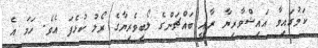
ކަމުގައިވާ އައިޝްވާރިޔާ ރާއީ ބައްޗަންގެ ލޯބިވެރިޔާގެ ރޯލު ކުޅެފަ އެވެ. ހަމަ އެ